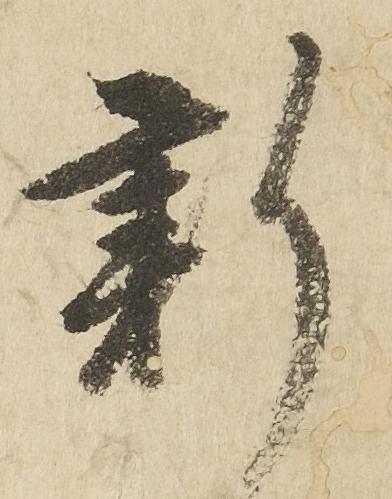
新